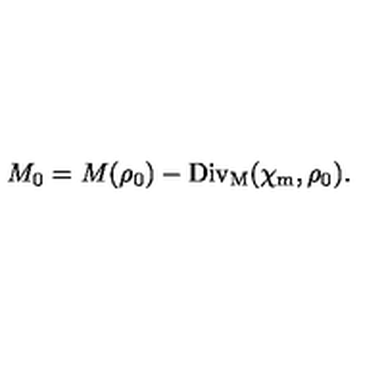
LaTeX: M _ { 0 } = M ( \rho _ { 0 } ) - \mathrm { D i v _ { M } } ( \chi _ { \mathrm { m } } , \rho _ { 0 } ) .